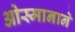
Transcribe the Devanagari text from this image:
ओस्मानाने